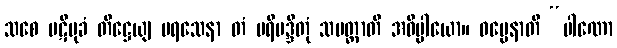
သစေ ပဋိမုခံ တိဋ္ဌေယျ ပရသေနာ တံ ပရိမဒ္ဒိတုံ သမတ္ထာတိ အဓိပ္ပါယော။ ဓမ္မေနာတိ “ပါဏော